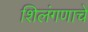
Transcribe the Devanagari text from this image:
शिलंगणाचे